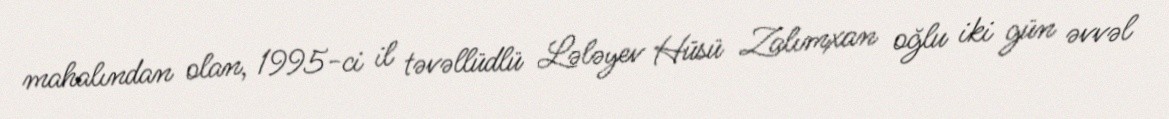
mahalından olan, 1995-ci il təvəllüdlü Lələyev Hüsü Zalımxan oğlu iki gün əvvəl